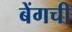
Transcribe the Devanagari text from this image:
बेंगची